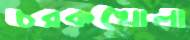
চরকখোলা